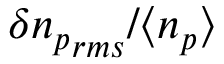
\delta { n _ { p } } _ { r m s } / \langle n _ { p } \rangle